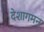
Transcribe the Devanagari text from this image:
देशागमन